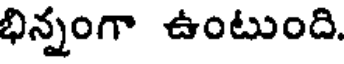
భిన్నంగా ఉంటుంది.